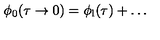
\phi _ { 0 } ( \tau \to 0 ) = \phi _ { \mathrm { l } } ( \tau ) + \ldots